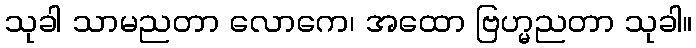
သုခါ သာမညတာ လောကေ၊ အထော ဗြဟ္မညတာ သုခါ။